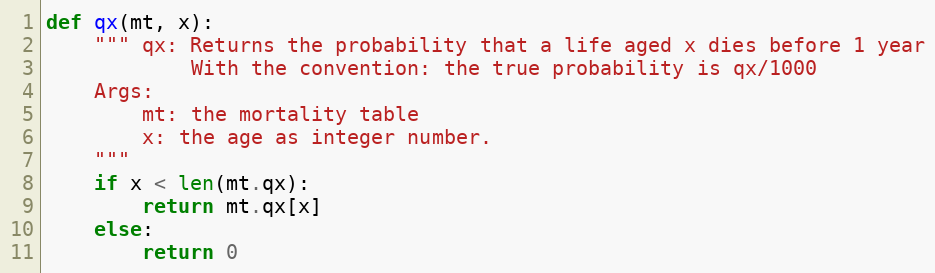
Language: Python
def qx(mt, x):
    """ qx: Returns the probability that a life aged x dies before 1 year
            With the convention: the true probability is qx/1000
    Args:
        mt: the mortality table
        x: the age as integer number.
    """
    if x < len(mt.qx):
        return mt.qx[x]
    else:
        return 0